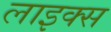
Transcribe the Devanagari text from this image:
लाइक्‍स